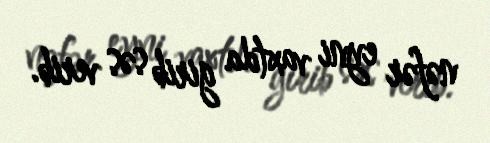
nəfər eyni vaxtda girib səs verib.